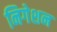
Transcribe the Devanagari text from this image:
निगेशन